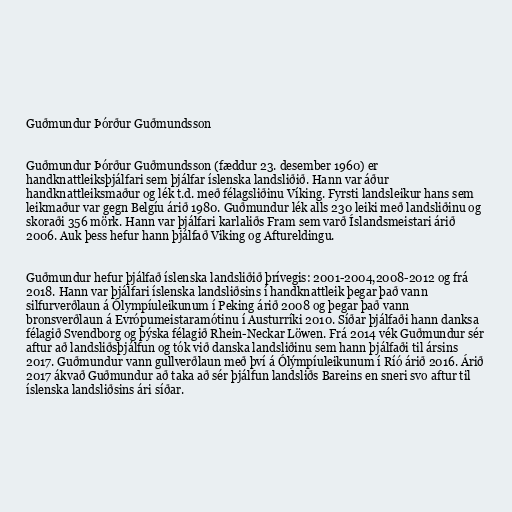
Guðmundur Þórður Guðmundsson

Guðmundur Þórður Guðmundsson (fæddur 23. desember 1960) er
handknattleiksþjálfari sem þjálfar íslenska landsliðið. Hann var áður
handknattleiksmaður og lék t.d. með félagsliðinu Víking. Fyrsti landsleikur hans sem
leikmaður var gegn Belgíu árið 1980. Guðmundur lék alls 230 leiki með landsliðinu og
skoraði 356 mörk. Hann var þjálfari karlaliðs Fram sem varð Íslandsmeistari árið
2006. Auk þess hefur hann þjálfað Viking og Aftureldingu.

Guðmundur hefur þjálfað íslenska landsliðið þrívegis: 2001-2004,2008-2012 og frá
2018. Hann var þjálfari íslenska landsliðsins í handknattleik þegar það vann
silfurverðlaun á Ólympíuleikunum í Peking árið 2008 og þegar það vann
bronsverðlaun á Evrópumeistaramótinu í Austurríki 2010. Síðar þjálfaði hann danksa
félagið Svendborg og þýska félagið Rhein-Neckar Löwen. Frá 2014 vék Guðmundur sér
aftur að landsliðsþjálfun og tók við danska landsliðinu sem hann þjálfaði til ársins
2017. Guðmundur vann gullverðlaun með því á Ólýmpíuleikunum í Ríó árið 2016. Árið
2017 ákvað Guðmundur að taka að sér þjálfun landsliðs Bareins en sneri svo aftur til
íslenska landsliðsins ári síðar.